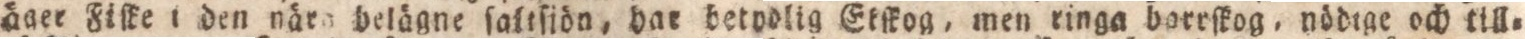
åner Fiſke i den när belägne ſaltſiön, bae betodlig Ekſkog, men ringa borrſkog, nödrge och till=